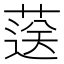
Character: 𦷴